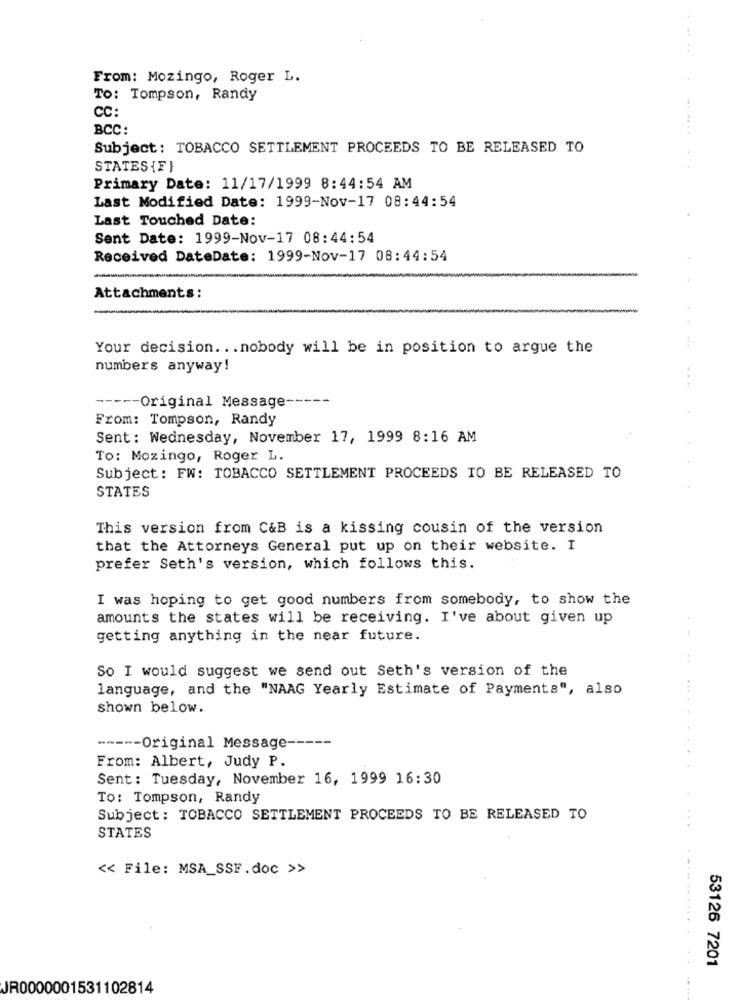
From: Mozingo, Roger L.
TO: Tompson, Randy
CC:
BCC:
Subject: TOBACCO SETTLEMENT PROCEEDS TO BE RELEASED TO
STATES {F}
Primary Date: 11/17/1999 8:44:54 AM
Last Modified Date: 1999-Nov-17 08:44:54
Last Touched Date:
Sent Date: 1999-Nov-17 08:44:54
Received DateDate: 1999-Nov-17 08:44:54
Attachments:
Your decision ... nobody will be in position to argue the
numbers anyway!
----- Original Message-
From: Tompson, Randy
Sent: Wednesday, November 17, 1999 8:16 AM
To: Mozingo, Roger L.
Subject: FW: TOBACCO SETTLEMENT PROCEEDS TO BE RELEASED TO
STATES
This version from C&B is a kissing cousin of the version
that the Attorneys General put up on their website. I
prefer Seth's version, which follows this.
I was hoping to get good numbers from somebody, to show the
amounts the states will be receiving. I've about given up
getting anything in the near future.
So I would suggest we send out Seth's version of the
language, and the "NAAG Yearly Estimate of Payments", also
shown below.
----- Original Message-
From: Albert, Judy P.
Sent: Tuesday, November 16, 1999 16:30
To: Tompson, Randy
Subject : TOBACCO SETTLEMENT PROCEEDS TO BE RELEASED TO
STATES
<< File: MSA_SSF.doc >>
53126 7201
JR0000001531102814